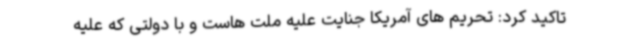
تاکید کرد: تحریم های آمریکا جنایت علیه ملت هاست و با دولتی که علیه